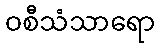
ဝစီသံသာရော